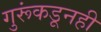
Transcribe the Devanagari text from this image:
गुरूंकडूनही